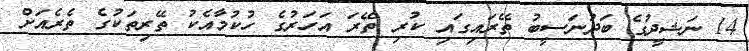
14 ނަޝީދުގެ ބަދުނަސީބު ތޭރައިގައި ކުރި ތޭރަ އަހަރުގެ ހުކުމާއެކު ތޭރިތަކުގެ ތެރެއަށް